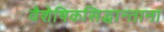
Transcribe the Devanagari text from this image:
वैशेषिकसिद्धान्तानां